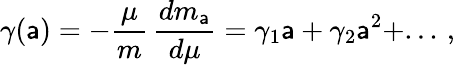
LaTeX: \gamma(\mathsf{a})=-\frac{{\mu}}{{m}}\, \frac{{dm_{\mathsf{a}}}}{{d\mu}}=\gamma_{1}\mathsf{a}+\gamma_{2}\mathsf{a}^{2}+...\, ,